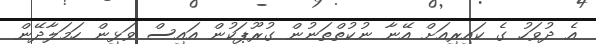
އެ ދުވަހު ގެ ކައިރިއަށް އޭނާ ނުކުތްތަނުން ގުރޫޕަކުން އައިސް ވަޅިން ހަމަލާދޭން